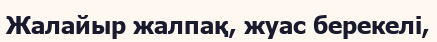
Жалайыр жалпақ, жуас берекелі,